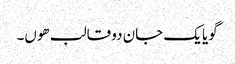
گویا یک جان دو قالب ھوں۔